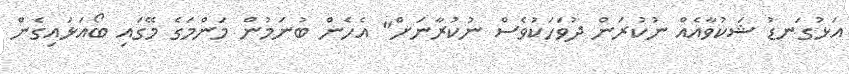
އަޅުގަނޑު ޝަކުވާއެއް ނުކުރަން ދުވަހަކުވެސް ނުކުރާނަށް" އެހެން ބުނަމުން މަންމަގެ މޭގައި ބޯއަޅައިގެން